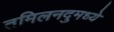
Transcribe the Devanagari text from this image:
तमिलनदुमध्ये